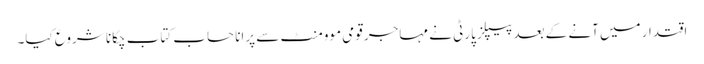
اقتدار میں آنے کے بعد پیپلز پارٹی نے مہاجر قومی موومنٹ سے پرانا حساب کتاب چکانا شروع کیا۔